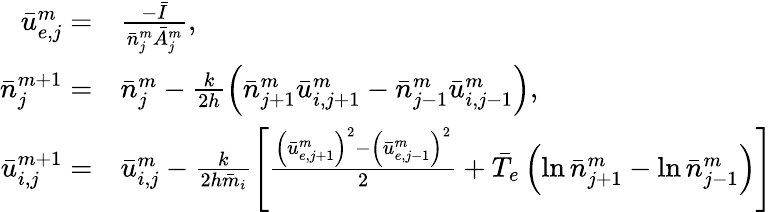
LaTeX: \begin{array}{rl}{\bar{u}_{e,j}^{m}=}&{{}\frac{-\bar{I}}{\bar{n}_{j}^{m}\bar{A}_{j}^{m}},}\\ {\bar{n}_{j}^{m+1}=}&{{}\bar{n}_{j}^{m}-\frac{k}{2h}\left(\bar{n}_{j+1}^{m}\bar{u}_{i,j+1}^{m}-\bar{n}_{j-1}^{m}\bar{u}_{i,j-1}^{m}\right),}\\ {\bar{u}_{i,j}^{m+1}=}&{{}\bar{u}_{i,j}^{m}-\frac{k}{2h\bar{m}_{i}}\left[\frac{\left(\bar{u}_{e,j+1}^{m}\right)^{2}-\left(\bar{u}_{e,j-1}^{m}\right)^{2}}{2}+\bar{T}_{e}\left(\ln\bar{n}_{j+1}^{m}-\ln\bar{n}_{j-1}^{m}\right)\right]}\end{array}